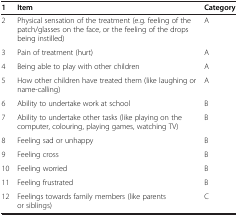
<table><thead><tr><td><b>1</b></td><td><b>Item</b></td><td><b>Category</b></td></tr></thead><tbody><tr><td>2</td><td>Physical sensation of the treatment (e.g. feeling of the patch/glasses on the face, or the feeling of the drops being instilled)</td><td>A</td></tr><tr><td>3</td><td>Pain of treatment (hurt)</td><td>A</td></tr><tr><td>4</td><td>Being able to play with other children</td><td>A</td></tr><tr><td>5</td><td>How other children have treated them (like laughing or name-calling)</td><td>A</td></tr><tr><td>6</td><td>Ability to undertake work at school</td><td>B</td></tr><tr><td>7</td><td>Ability to undertake other tasks (like playing on the computer, colouring, playing games, watching TV)</td><td>B</td></tr><tr><td>8</td><td>Feeling sad or unhappy</td><td>B</td></tr><tr><td>9</td><td>Feeling cross</td><td>B</td></tr><tr><td>10</td><td>Feeling worried</td><td>B</td></tr><tr><td>11</td><td>Feeling frustrated</td><td>B</td></tr><tr><td>12</td><td>Feelings towards family members (like parents or siblings)</td><td>C</td></tr></tbody></table>